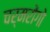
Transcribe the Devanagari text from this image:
चर्मरोंगो